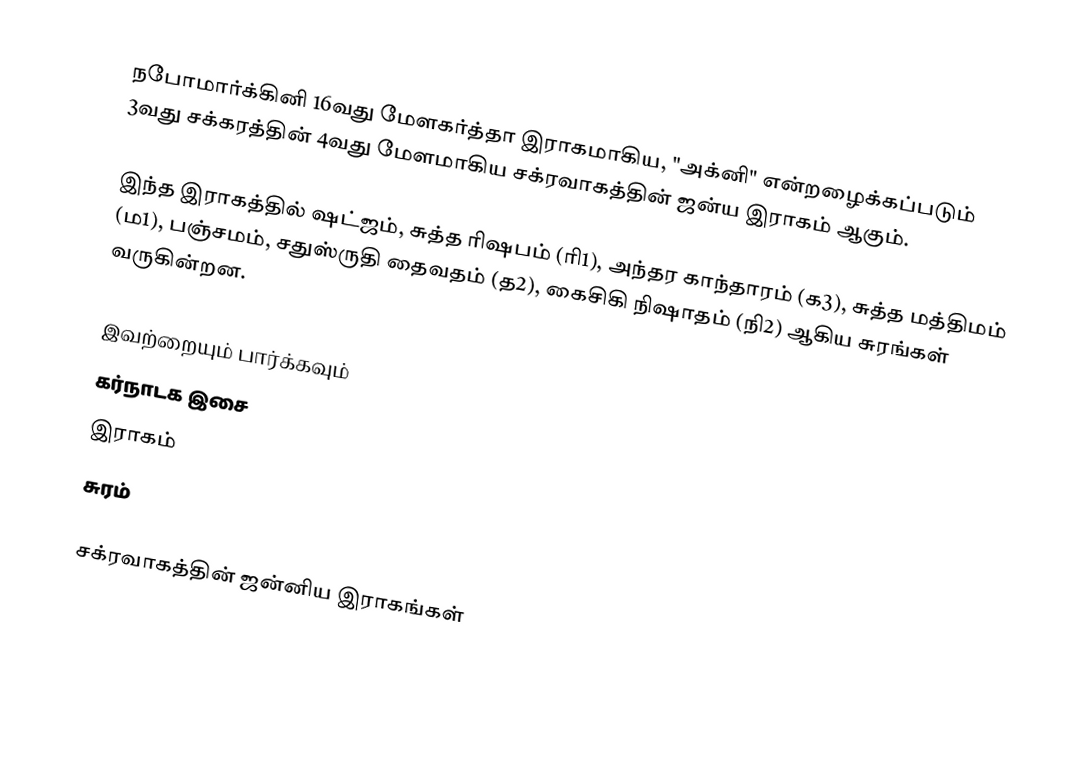
நபோமார்க்கினி 16வது மேளகர்த்தா இராகமாகிய, "அக்னி" என்றழைக்கப்படும் 3வது சக்கரத்தின் 4வது மேளமாகிய சக்ரவாகத்தின் ஜன்ய இராகம் ஆகும்.

இந்த இராகத்தில் ஷட்ஜம், சுத்த ரிஷபம் (ரி1),  அந்தர காந்தாரம் (க3), சுத்த மத்திமம் (ம1), பஞ்சமம்,  சதுஸ்ருதி தைவதம் (த2), கைசிகி நிஷாதம்  (நி2) ஆகிய சுரங்கள் வருகின்றன.

இவற்றையும் பார்க்கவும்
 கர்நாடக இசை
 இராகம்
 சுரம்

சக்ரவாகத்தின் ஜன்னிய இராகங்கள்